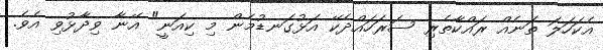
އެކަހަލަ ތަނެއް ރައްކާތެރި ސަރަހައްދެކޭ އަޅުގަނޑުމެން މި ކިއަނީ" އޭނާ ވިދާޅުވި އެވެ.